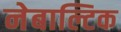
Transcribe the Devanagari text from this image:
नेबाल्टिक